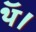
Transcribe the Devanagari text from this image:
थॅ।